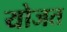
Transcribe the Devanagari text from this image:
योजत